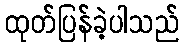
ထုတ်ပြန်ခဲ့ပါသည်